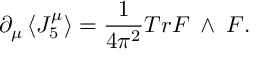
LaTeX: { \partial } _ { \mu } \left\langle J _ { 5 } ^ { \mu } \right\rangle = \frac { 1 } { 4 { \pi ^ { 2 } } } T r F \mathrm { \tiny ~ \wedge ~ } F .